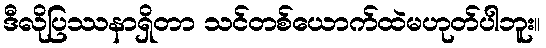
ဒီလိုပြဿနာရှိတာ သင်တစ်ယောက်ထဲမဟုတ်ပါဘူး။